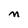
Character: n